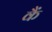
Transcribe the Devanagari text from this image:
कैं